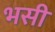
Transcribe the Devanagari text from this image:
भसी